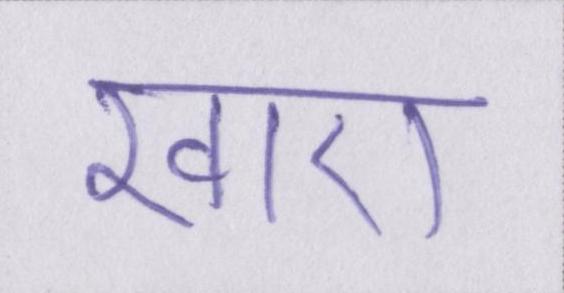
खाए